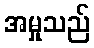
အမှုသည်